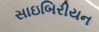
સાઇબિરીયન